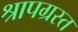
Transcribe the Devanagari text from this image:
श्रापग्रस्त